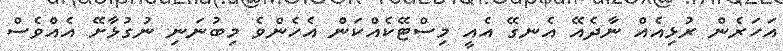
އަހަރެން ރުޅިއެއް ނާދެއޭ އެނގޭ އެއީ މިސްޓޭކެއްކަން އެހެންވެ މިބުނަނި ނުގުޅާށޭ އެއްވެސް